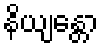
နိယျန္တော